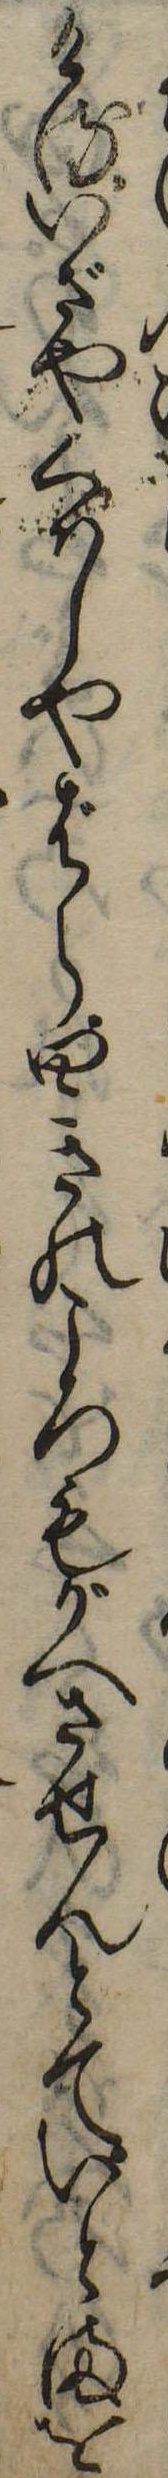
けるいざやくはしやばら四きのころもがへさせんとていとまを